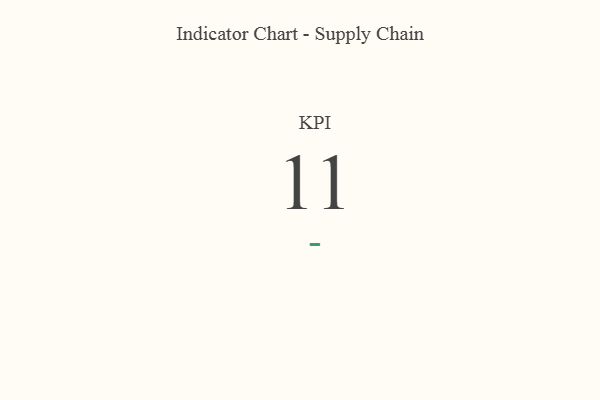
{"axis": {"x": "KPI", "y": "Value"}, "legend": [""], "data": [{"x": "KPI", "y": 11, "type": ""}]}